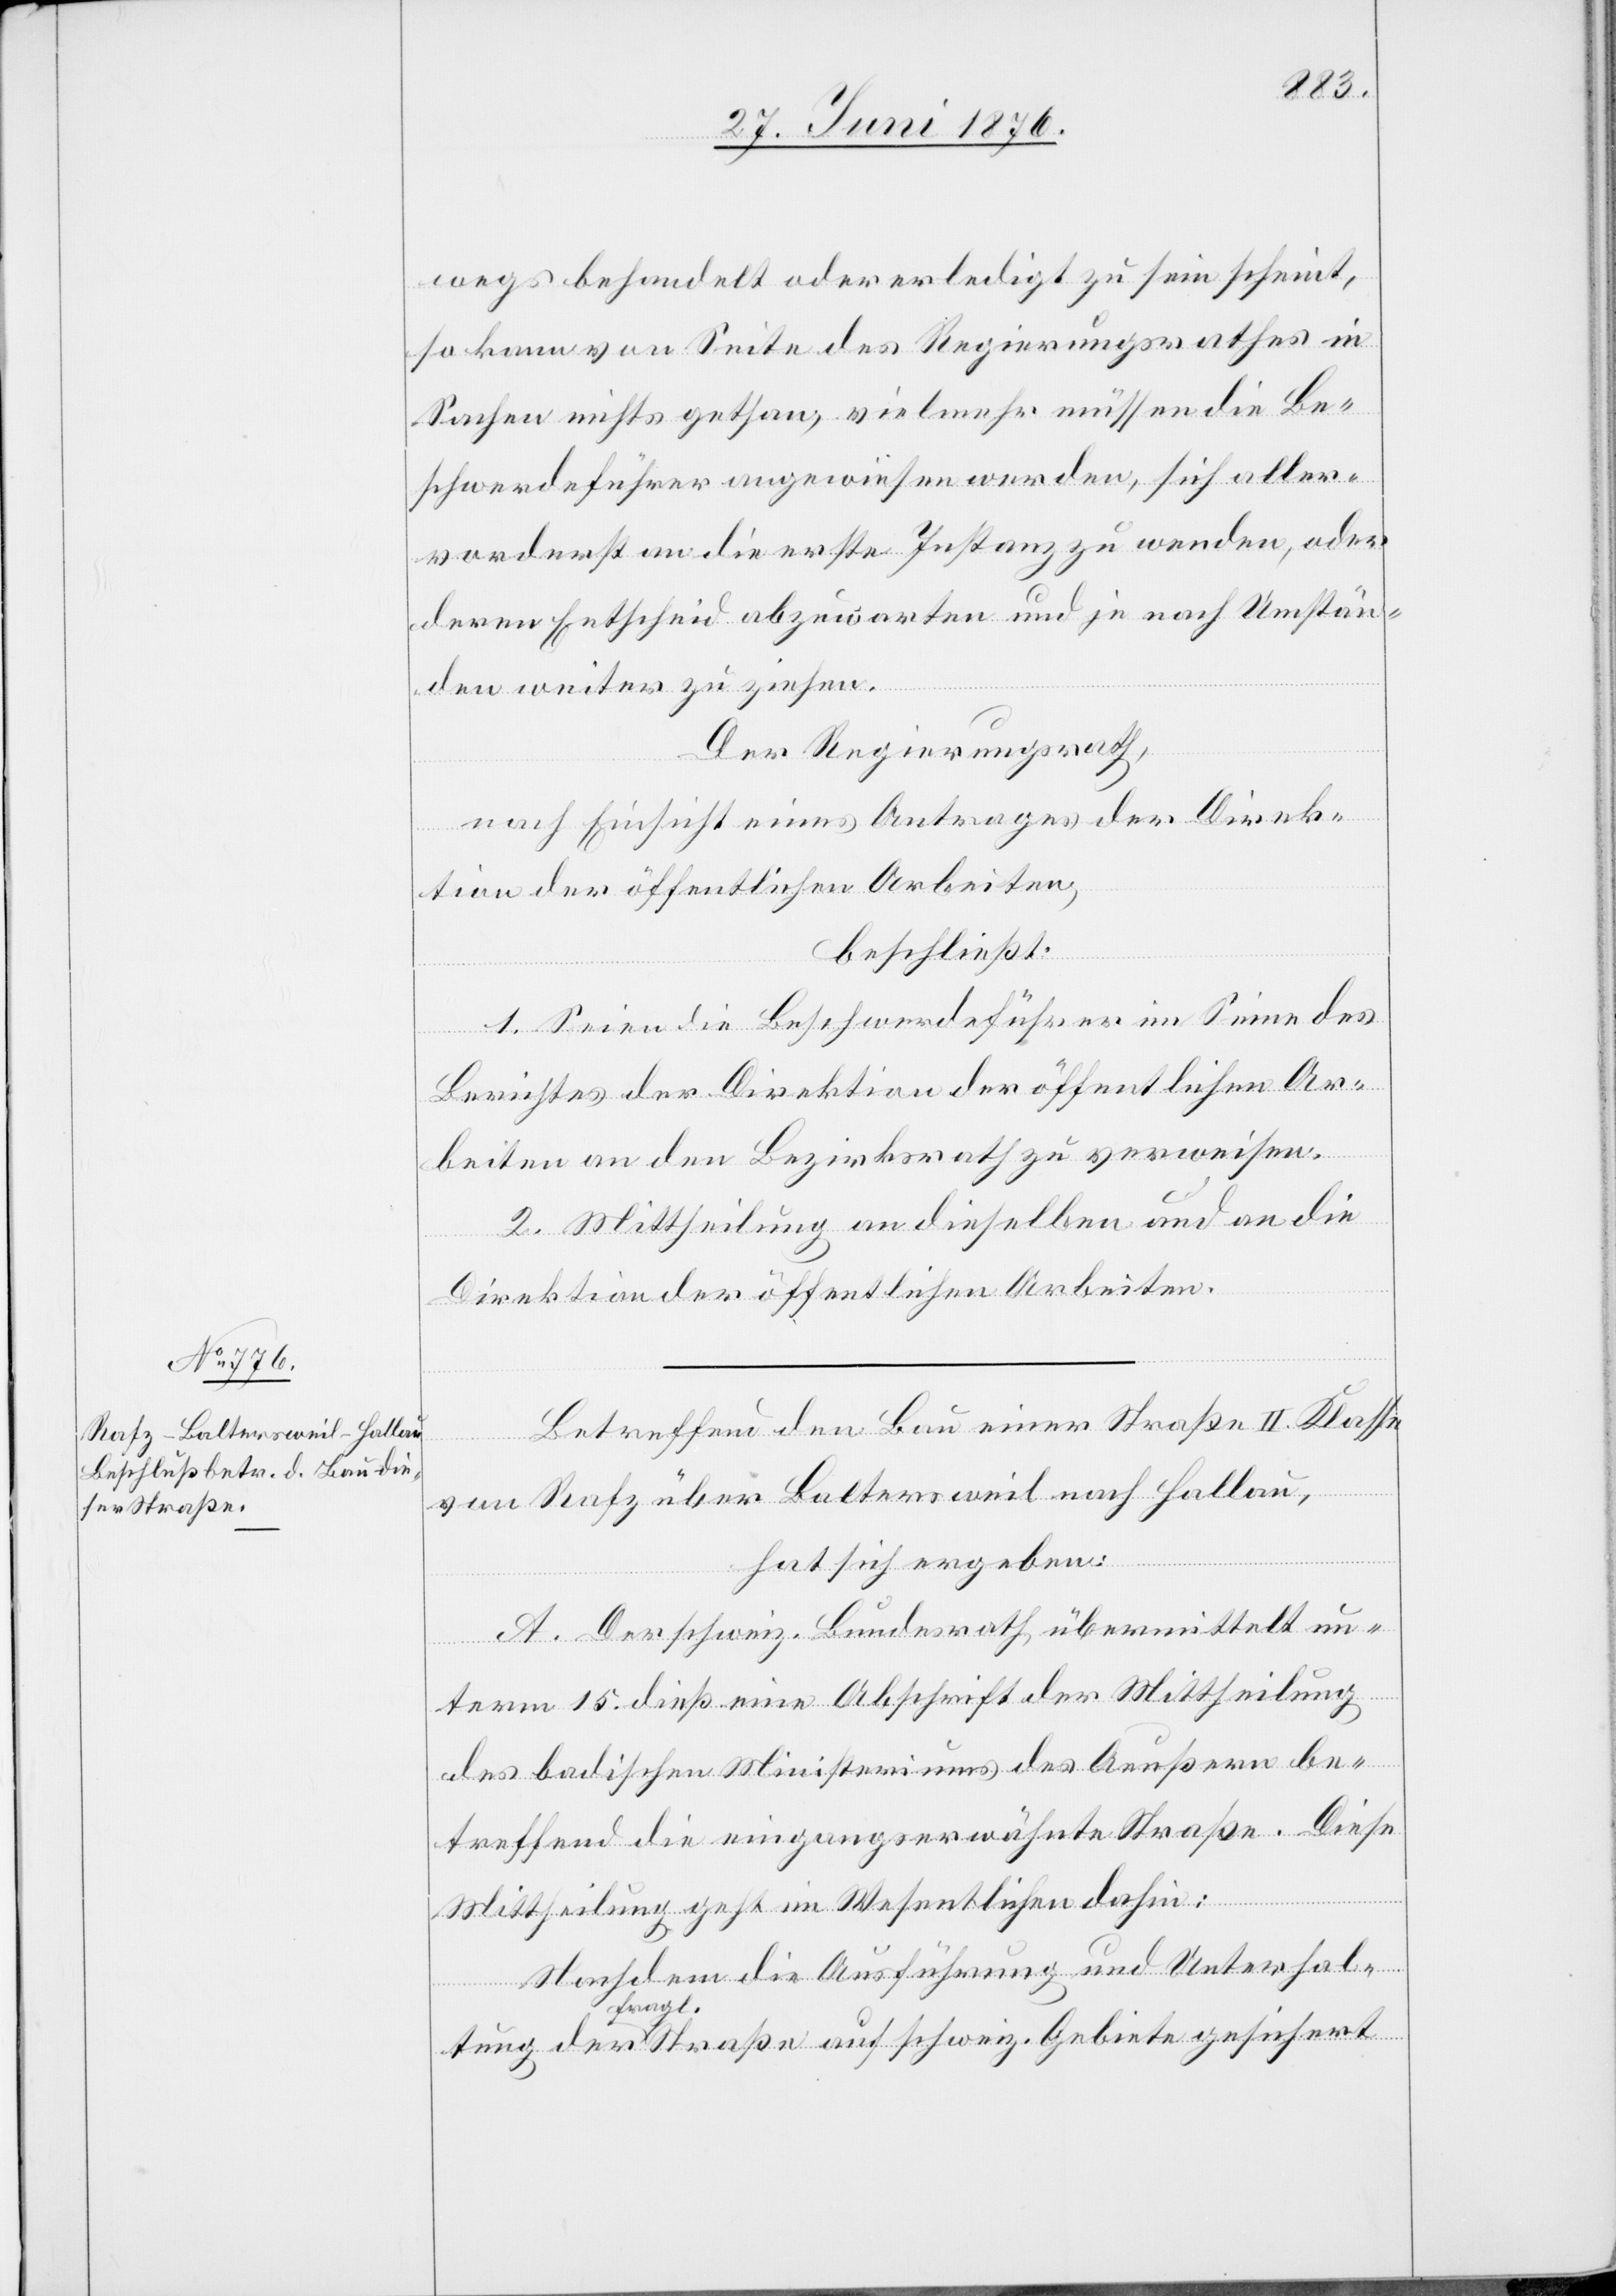
wegs behandelt oder erledigt zu sein scheint,
so kann von Seite des Regierungsrathes in
Sachen nichts gethan, vielmehr müssen die Be¬
schwerdeführer angewiesen werden, sich aller¬
vorderst an die erste Instanz zu wenden, oder
deren Entscheid abzuwarten und je nach Umstän¬
den weiter zu ziehen.
Der Regierungsrath,
nach Einsicht eines Antrages der Direk¬
tion der öffentlichen Arbeiten,
beschließt:
1. Seien die Beschwerdeführer im Sinne des
Berichtes der Direktion der öffentlichen Ar¬
beiten an den Bezirksrath zu verweisen.
2. Mittheilung an dieselben und an die
Direktion der öffentlichen Arbeiten.
Betreffend den Bau einer Straße II. Klasse
von Rafz über Baltersweil nach Hallau,
hat sich ergeben:
A. Der schweiz. Bundesrath übermacht un¬
ichert
term 15. dieß eine Abschrift der Mittheilung
des badischen Ministeriums des Aeußern be¬
treffend die eingangs erwähnte Straße. Diese
Mittheilung geht im Wesentlichen dahin:
Nachdem die Ausführung und Unterhal¬